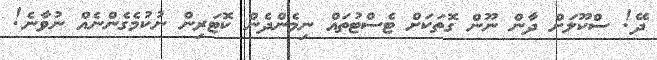
ދޭ! ސްކޫލަށް ދާން ނޫން ގޮތަކަށް ޓެސްޓުތައް ނިމެންދެން ކޮޓަރިން ނުކުމެގެންނެއް ނުވާނެ!